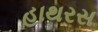
હાથરસ